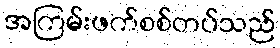
အကြမ်းဖက်စစ်တပ်သည်